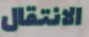
الانتقال